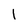
Character: 1